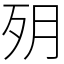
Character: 㱚